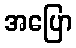
အပြော